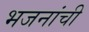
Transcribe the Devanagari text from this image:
भजनांची